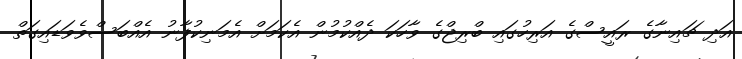
އަދި ޗައިނާގެ ރައީސްގެ އަރިހުގައި ބްރިޖްގެ ވާހަކަ ދެއްކުމުން އެކަމަށް އެމަނިކުފާނު އެއްބަސްވެވަޑައިގަތް